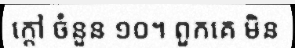
ក្តៅ ចំនួន ១០។ ពួកគេ មិន